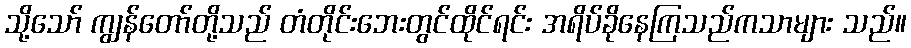
သို့သော် ကျွန်တော်တို့သည် တံတိုင်းဘေးတွင်ထိုင်ရင်း အရိပ်ခိုနေကြသည်ကသာများ သည်။